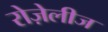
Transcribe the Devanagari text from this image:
रोज़ेलीज